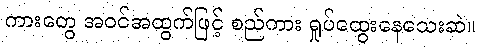
ကားတွေ အဝင်အထွက်ဖြင့် စည်ကား ရှုပ်ထွေးနေသေးဆဲ။